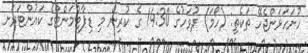
ހުށަހަޅަންޖެހޭ ތަކެތި: (ހޯމަ) ދުވަހުގެ 14:30 ގެ ކުރިން މި ޑިޕާޓްމަންޓްގެ ކައުންޓަރަށ